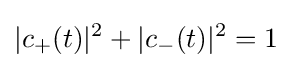
|c_{+}(t)|^{2}+|c_{-}(t)|^{2}=1